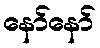
နော်နော်